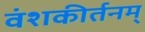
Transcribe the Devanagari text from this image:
वंशकीर्तनम्